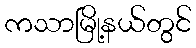
ကသာမြို့နယ်တွင်